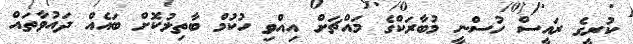
ކުރީގެ ރައީސް ހުސްނީ މުބާރަކްގެ މައްޗަށް އިއްވި ހުކުމް ބާތިލުކޮށް ބައެއް ދައުވާތައް